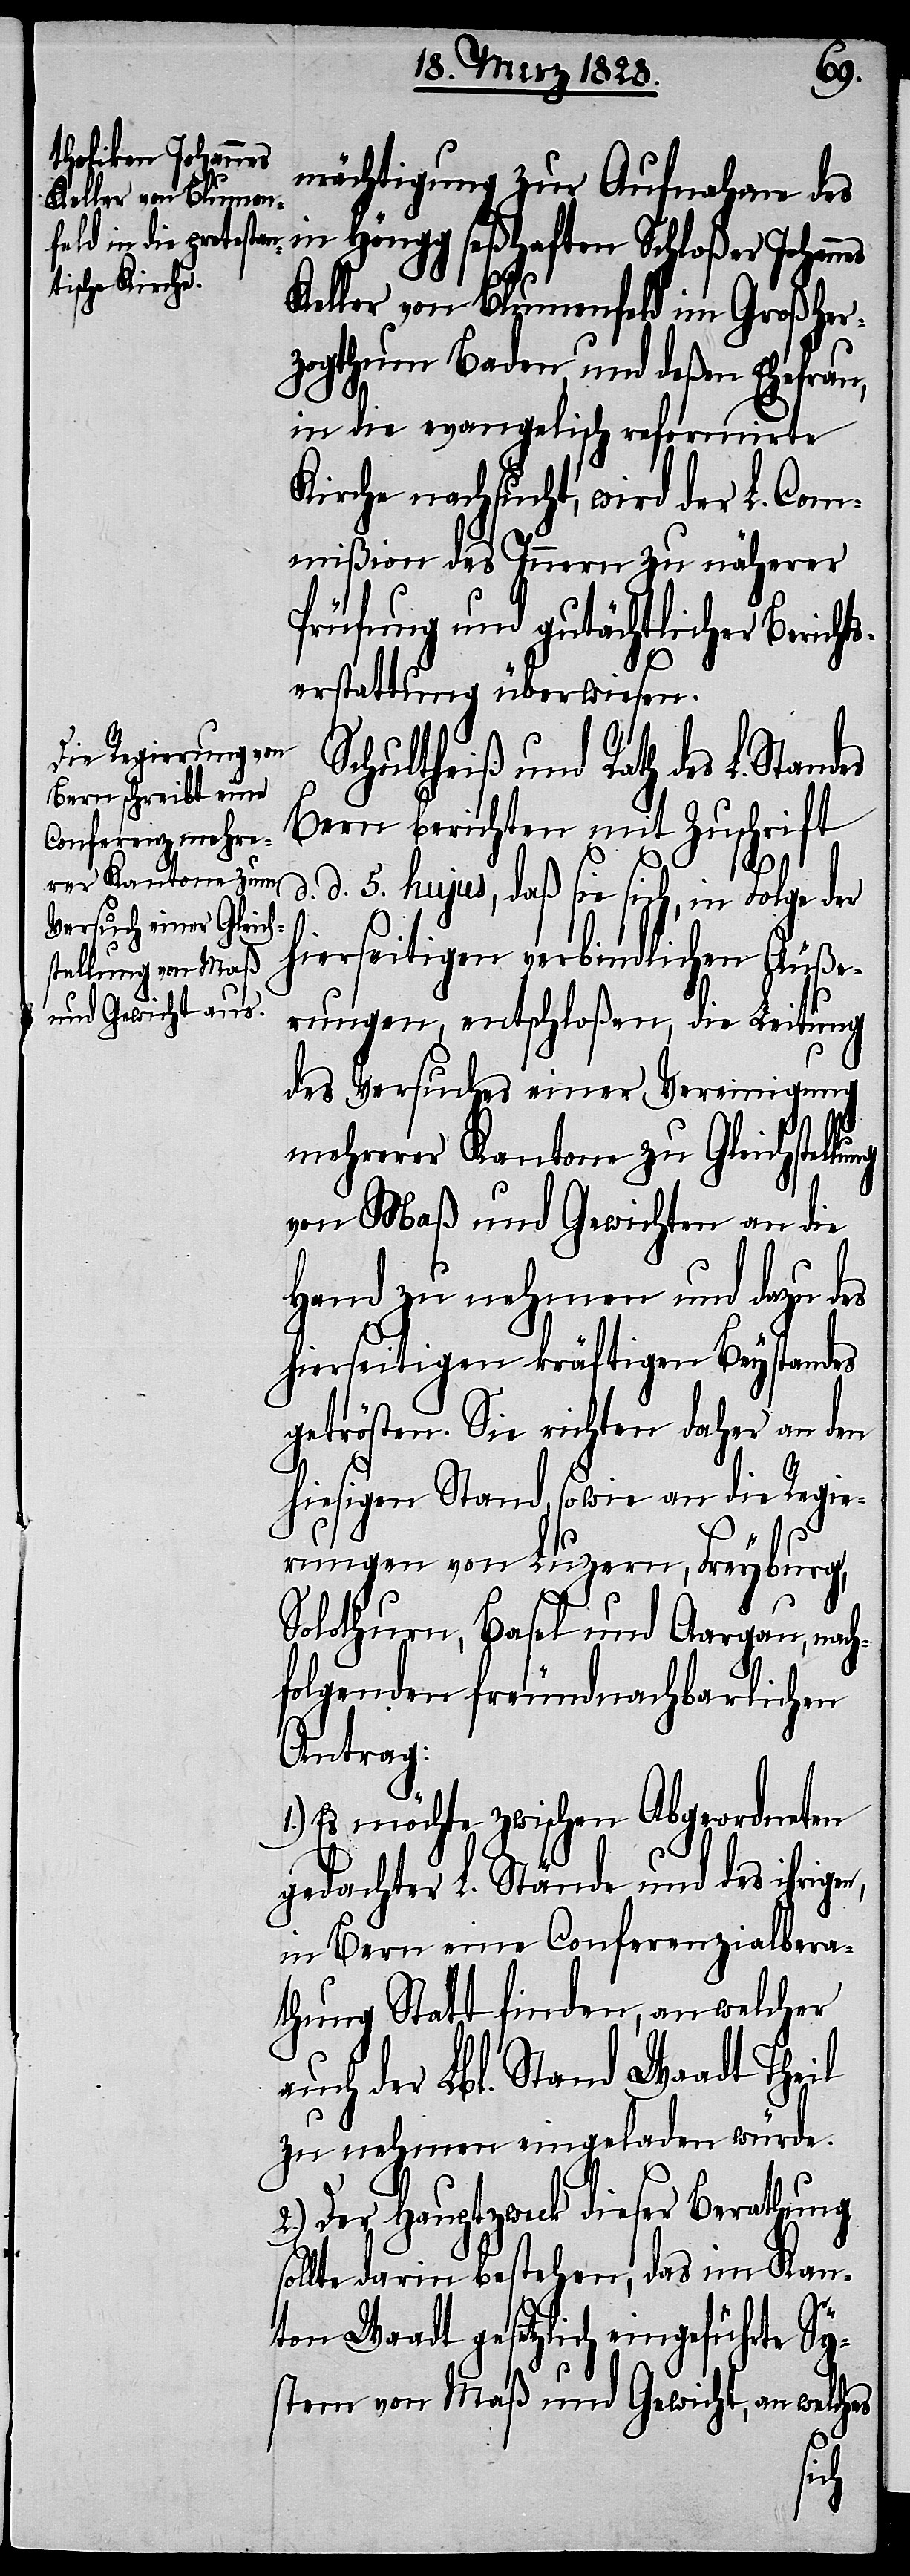
mächtigung zur Aufnahme des
in Höngg seßhaften Schloßer Johann¬
Keller von Blumenfeld im Großher¬
zogthum Baden und deßen Ehefrau,
in die evangelisch reformirte
Kirche nachsucht, wird der L. Com¬
mißion des Innern zu näherer
Prüfung und gutächtlicher Berich¬
erstattung überwiesen.
Schultheiß und Rath des
Bern berichten mit Zuschrift
lung
d. 5. hujus, daß sie sich, in Folge der
hierseitigen verbindlichen Äuße¬
rungen, entschloßen, die Leitung
des Versuches einer Vereinigung
mehrerer Kantone zu Gleichstel¬
von Maß und Gewichten an die
Hand zu nehmen und dazu des
hierseitigen kräftigen Beystandes
getrösten. Sie richten daher an den
hiesigen Stand, sowie an die Regie¬
n,
rungen von Luzern, Freyburg,
Solothurn, Basel und Aargau, nac¬
hfolgenden freundnachbarlichen
Antrag:
1.) Es möchte zwischen Abgeordneten
gedachter L. Stände und des ihrige¬
in Bern eine Conferenzialbera¬
thung Statt finden, an welcher
auch der Lbl. Stand Waadt Theil
zu nehmen eingeladen würde.
2.) Der Hauptzweck dieser Berathung
sollte darin bestehen, das im Kan¬
ton Waadt gesetzlich eingeführte Sy¬
stem von Maß und Gewicht, an welches